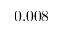
0 . 0 0 8